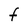
Character: F